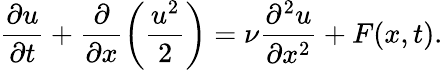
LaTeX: \frac{\partial u}{\partial t}+\frac{\partial}{\partial x}\bigg(\frac{u^{2}}{2}\bigg)=\nu\frac{\partial^{2}u}{\partial x^{2}}+F(x,t).